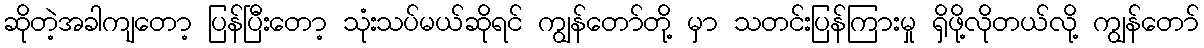
ဆိုတဲ့အခါကျတော့ ပြန်ပြီးတော့ သုံးသပ်မယ်ဆိုရင် ကျွန်တော်တို့ မှာ သတင်းပြန်ကြားမှု ရှိဖို့လိုတယ်လို့ ကျွန်တော်